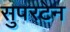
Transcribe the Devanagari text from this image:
सुपरटेन